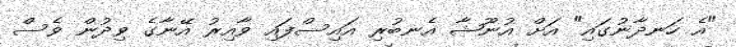
"އެ ހަނދާނުގައި" އަށް އުނޫޝާ އެނބުރި އައިސްފައި ވާއިރު އޭނާގެ ވިދުން ވެސް